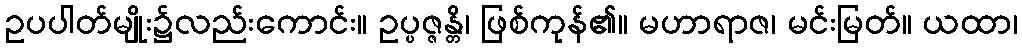
ဥပပါတ်မျိုး၌လည်းကောင်း။ ဥပ္ပဇ္ဇန္တိ၊ ဖြစ်ကုန်၏။ မဟာရာဇ၊ မင်းမြတ်။ ယထာ၊